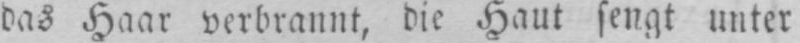
das Haar verbrannt, die Haut sengt unter